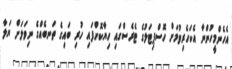
އެހެންމީހުންނާ އެކަހެރިވުމަށް ހޮސްޕިޓަލުގެ ޓެރެސްގައި ހިޔާކޮށްފައި ހުރި ބައިގެ ތަނބެއްގެ ނިވަލަށް ޔަލާ